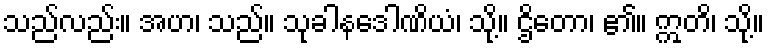
သည်လည်း။ အဟ၊ သည်။ သုခါနဒေါဏိယံ၊ သို့။ ဌိတော၊ ၏။ ဣတိ၊ သို့။